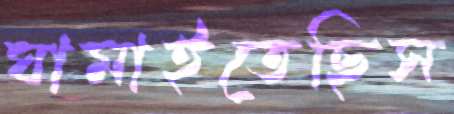
ঘামাইতেছিস